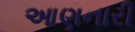
આણનારી